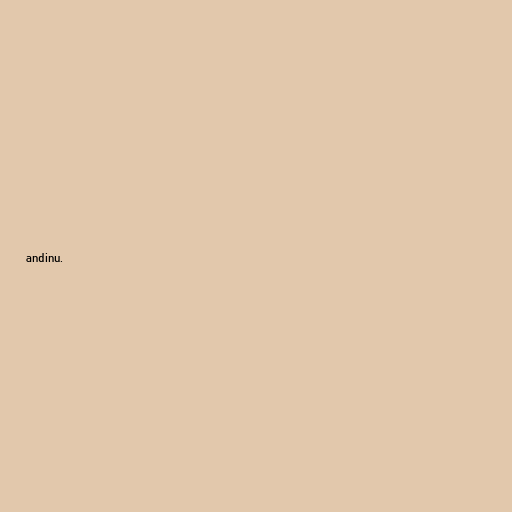
andinu.